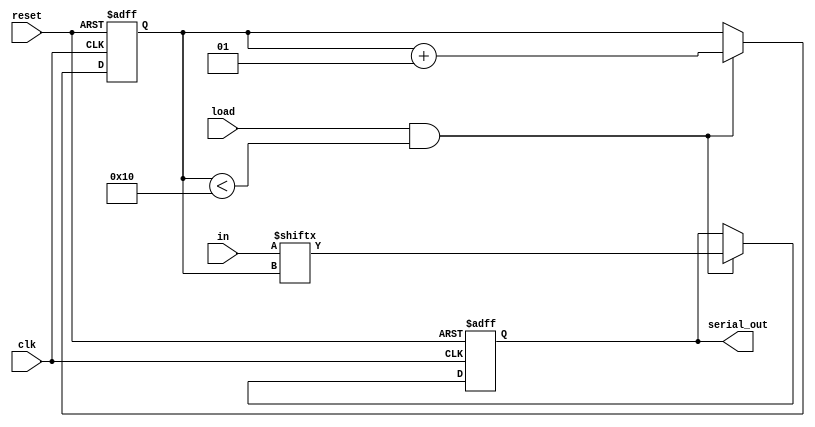
module piso(in, load,reset ,clk, serial_out);
input [15:0]in;
input load , reset,clk;
output reg serial_out;
integer i=0;
always@(posedge clk, negedge reset)
begin
if (~reset)
	begin
	serial_out=0;
	i=0;
	end
	else if(load&&(i<16))
	begin
	serial_out=in[i];
	i=i+1;
	end
	
	end
endmodule